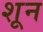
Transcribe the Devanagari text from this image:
शून